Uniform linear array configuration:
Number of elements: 4
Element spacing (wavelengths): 0.25
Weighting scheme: kaiser
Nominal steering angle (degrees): -30
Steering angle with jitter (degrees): -31.238
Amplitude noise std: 0.05
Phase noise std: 0.05

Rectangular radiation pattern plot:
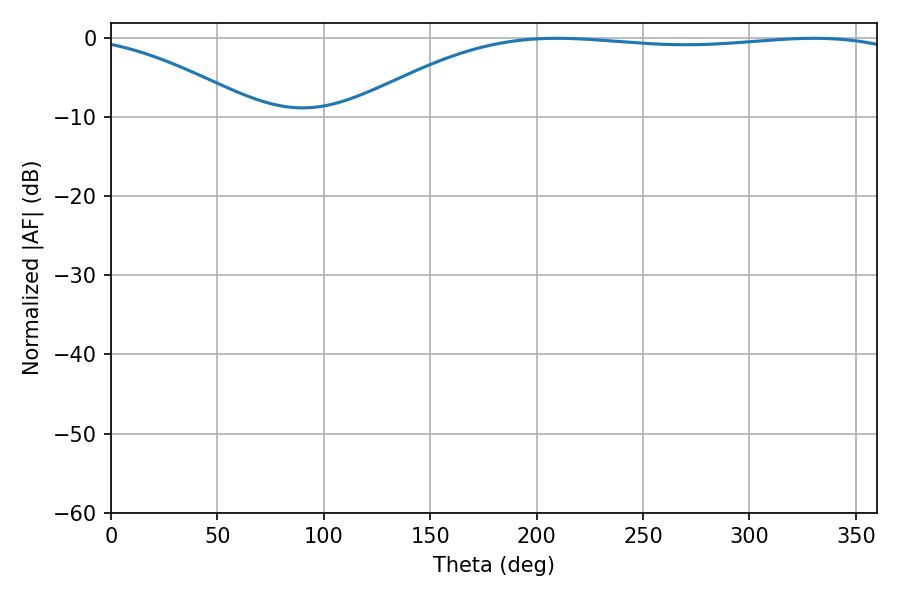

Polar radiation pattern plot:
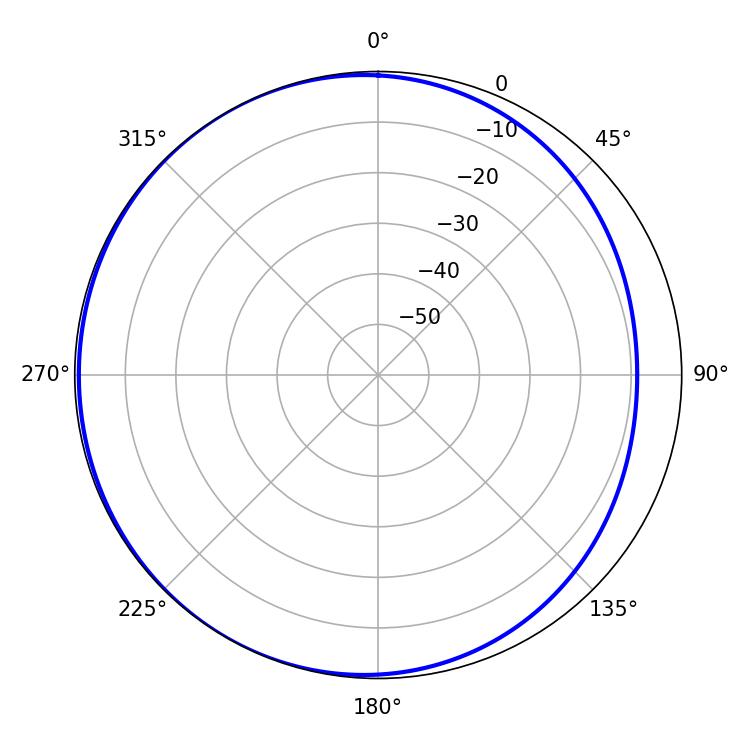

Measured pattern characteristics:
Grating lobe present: FALSE
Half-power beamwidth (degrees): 207.18
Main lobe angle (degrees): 209.7